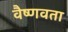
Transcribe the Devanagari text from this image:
वैष्णवता